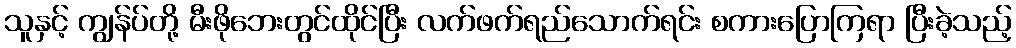
သူနှင့် ကျွန်ပ်တို့ မီးဖိုဘေးတွင်ထိုင်ပြီး လက်ဖက်ရည်သောက်ရင်း စကားပြောကြရာ ပြီးခဲ့သည့်